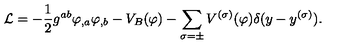
{ \cal L } = - { \frac { 1 } { 2 } } g ^ { a b } \varphi _ { , a } \varphi _ { , b } - V _ { B } ( \varphi ) - \sum _ { \sigma = \pm } V ^ { ( \sigma ) } ( \varphi ) \delta ( y - y ^ { ( \sigma ) } ) .